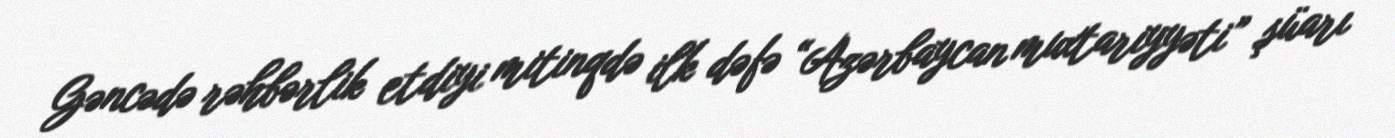
Gəncədə rəhbərlik etdiyi mitinqdə ilk dəfə “Azərbaycan muxtariyyəti” şüarı